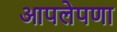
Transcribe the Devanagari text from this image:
आपलेपणा